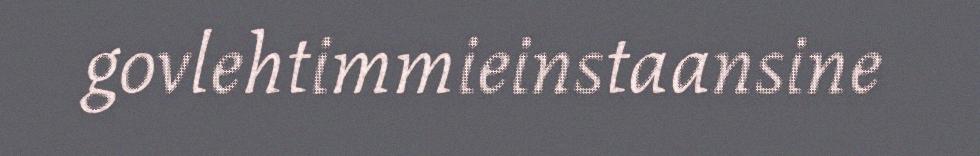
govlehtimmieinstaansine